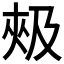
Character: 𰋦